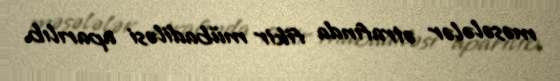
məsələlər ətrafında fikir mübadiləsi aparılıb.